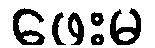
ဖေးမ